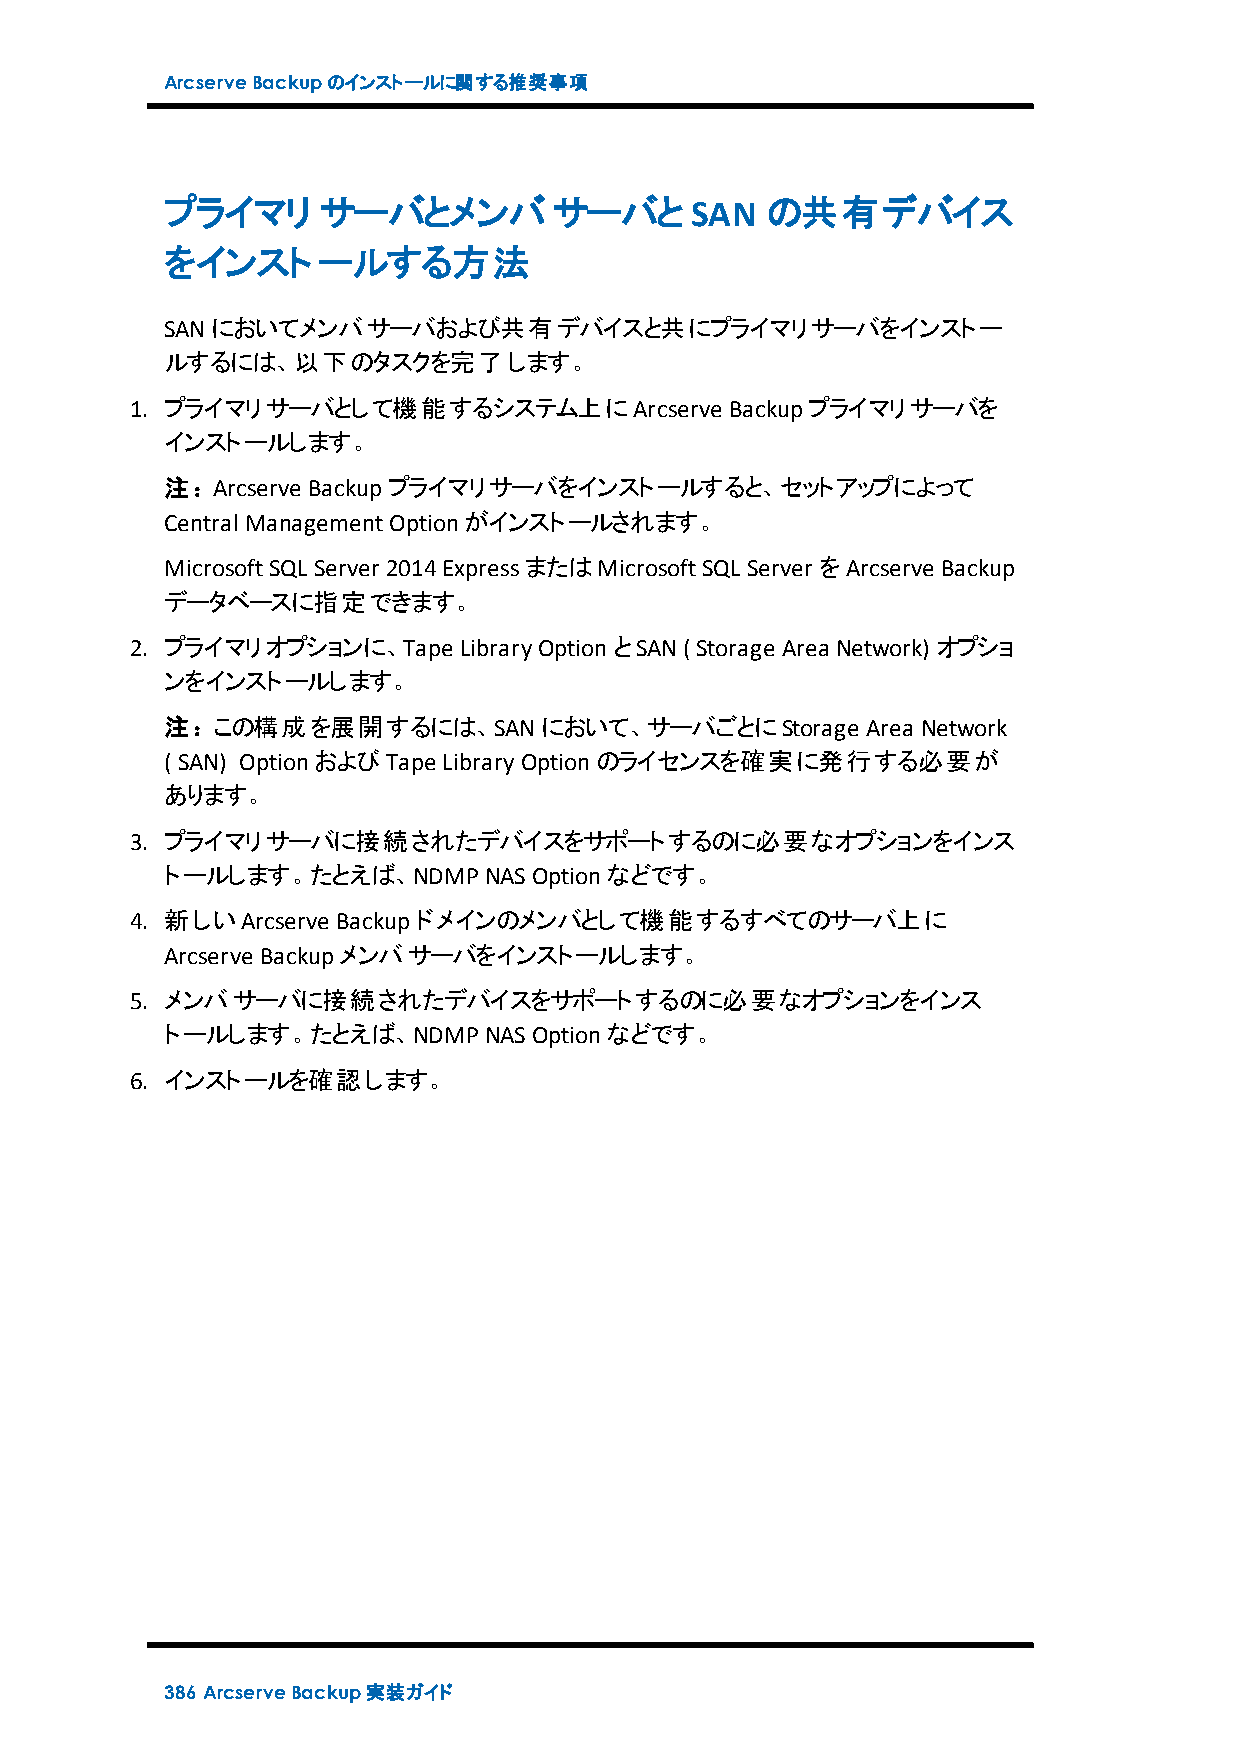
ArcserveBackupのインストールに関する推奨事項
 プライマリ     サーバとメンバサーバと              SAN  の共有デバイス
 をインストールする方法
 SANにおいてメンバサーバおよび共有デバイスと共にプライマリサーバをインストー
 ルするには、以下のタスクを完了します。
 1. プライマリサーバとして機能するシステム上にArcserve       Backupプライマリサーバを
 インストールします。
 注：Arcserve Backupプライマリサーバをインストールすると、セットアップによって
 Central ManagementOptionがインストールされます。
 MicrosoftSQL Server 2014ExpressまたはMicrosoftSQL Server をArcserve Backup
 データベースに指定できます。
 2. プライマリオプションに、Tape  LibraryOptionとSAN( Storage Area Network) オプショ
 ンをインストールします。
 注：この構成を展開するには、SANにおいて、サーバごとにStorage           Area Network
 ( SAN) OptionおよびTape LibraryOptionのライセンスを確実に発行する必要が
 あります。
 3. プライマリサーバに接続されたデバイスをサポートするのに必要なオプションをインス
 トールします。たとえば、NDMPNASOptionなどです。
 4. 新しいArcserve Backupドメインのメンバとして機能するすべてのサーバ上に
 Arcserve Backupメンバサーバをインストールします。
 5. メンバサーバに接続されたデバイスをサポートするのに必要なオプションをインス
 トールします。たとえば、NDMPNASOptionなどです。
 6. インストールを確認します。
 386 ArcserveBackup実装ガイド